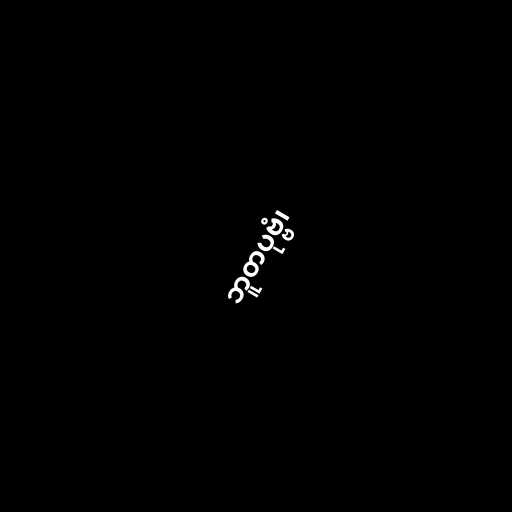
ဘူတပုဗ္ဗံ၊